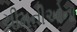
ચીમનીઓના